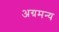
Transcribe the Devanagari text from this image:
अग्रमन्य